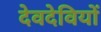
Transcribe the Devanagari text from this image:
देवदेवियों